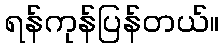
ရန်ကုန်ပြန်တယ်။